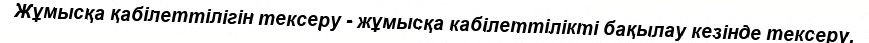
Жұмысқа қабілеттілігін тексеру - жұмысқа кабілеттілікті бақылау кезінде тексеру.